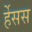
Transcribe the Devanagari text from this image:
र्हेसस